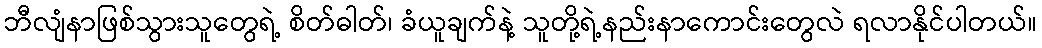
ဘီလျံနာဖြစ်သွားသူတွေရဲ့ စိတ်ဓါတ်၊ ခံယူချက်နဲ့ သူတို့ရဲ့နည်းနာကောင်းတွေလဲ ရလာနိုင်ပါတယ်။